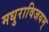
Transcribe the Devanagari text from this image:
मधुराविजयम्